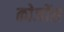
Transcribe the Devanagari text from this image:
कोजोंस